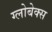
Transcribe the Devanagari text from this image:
ग्लोबेक्स